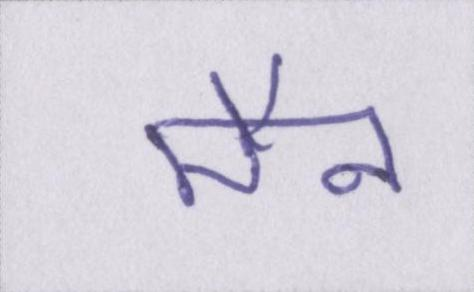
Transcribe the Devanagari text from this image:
मैन